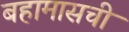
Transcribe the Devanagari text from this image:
बहामासची